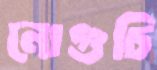
নোগুচি